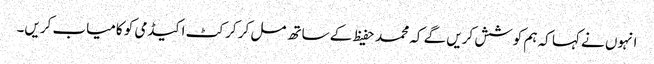
انہوں نے کہا کہ ہم کوشش کریں گے کہ محمد حفیظ کے ساتھ مل کر کرکٹ اکیڈمی کو کامیاب کریں۔